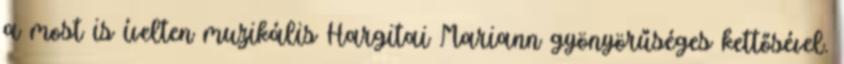
a most is ívelten muzikális Hargitai Mariann gyönyörűséges kettősével.